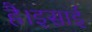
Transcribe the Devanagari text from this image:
है।इसाई